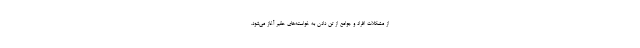
از مشکلات افراد و جوامع از تن دادن به خواسته‌های حقیر آغاز می‌شود.